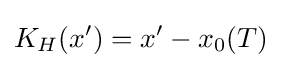
K_{H}(x')=x'-x_{0}(T)